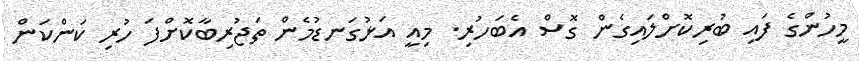
މީހުންގެ ފައި ބުރިކޮށްލައިގެން ގޮސް އެބަހުރި. މިއީ އަޅުގަނޑުމެން ތަޖުރިބާކޮށްފަ ހުރި ކަންކަން